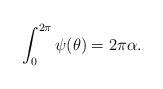
LaTeX: \begin{align*} \int_0^{2\pi} \psi(\theta) = 2\pi \alpha .\end{align*}